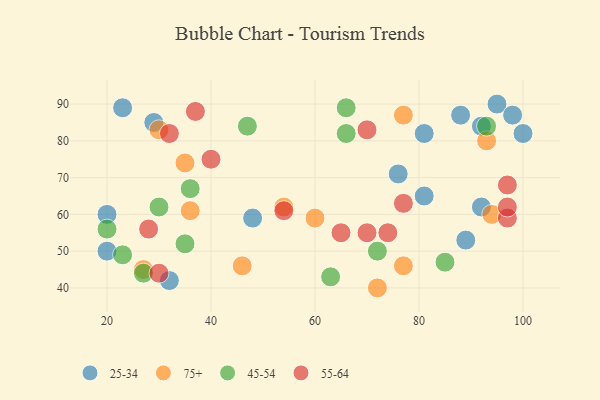
{"axis": {"x": "GDP", "y": "Life Expectancy"}, "legend": ["25-34", "45-54", "55-64", "75+"], "data": [{"x": "89", "y": 53, "type": "25-34"}, {"x": "23", "y": 89, "type": "25-34"}, {"x": "32", "y": 42, "type": "25-34"}, {"x": "100", "y": 82, "type": "25-34"}, {"x": "88", "y": 87, "type": "25-34"}, {"x": "20", "y": 50, "type": "25-34"}, {"x": "29", "y": 85, "type": "25-34"}, {"x": "92", "y": 84, "type": "25-34"}, {"x": "48", "y": 59, "type": "25-34"}, {"x": "95", "y": 90, "type": "25-34"}, {"x": "76", "y": 71, "type": "25-34"}, {"x": "20", "y": 60, "type": "25-34"}, {"x": "81", "y": 65, "type": "25-34"}, {"x": "81", "y": 82, "type": "25-34"}, {"x": "98", "y": 87, "type": "25-34"}, {"x": "92", "y": 62, "type": "25-34"}, {"x": "30", "y": 83, "type": "75+"}, {"x": "54", "y": 62, "type": "75+"}, {"x": "93", "y": 80, "type": "75+"}, {"x": "72", "y": 40, "type": "75+"}, {"x": "77", "y": 46, "type": "75+"}, {"x": "94", "y": 60, "type": "75+"}, {"x": "27", "y": 45, "type": "75+"}, {"x": "36", "y": 61, "type": "75+"}, {"x": "46", "y": 46, "type": "75+"}, {"x": "60", "y": 59, "type": "75+"}, {"x": "35", "y": 74, "type": "75+"}, {"x": "77", "y": 87, "type": "75+"}, {"x": "85", "y": 47, "type": "45-54"}, {"x": "36", "y": 67, "type": "45-54"}, {"x": "66", "y": 82, "type": "45-54"}, {"x": "23", "y": 49, "type": "45-54"}, {"x": "47", "y": 84, "type": "45-54"}, {"x": "30", "y": 62, "type": "45-54"}, {"x": "20", "y": 56, "type": "45-54"}, {"x": "66", "y": 89, "type": "45-54"}, {"x": "27", "y": 44, "type": "45-54"}, {"x": "35", "y": 52, "type": "45-54"}, {"x": "72", "y": 50, "type": "45-54"}, {"x": "93", "y": 84, "type": "45-54"}, {"x": "63", "y": 43, "type": "45-54"}, {"x": "37", "y": 88, "type": "55-64"}, {"x": "54", "y": 61, "type": "55-64"}, {"x": "97", "y": 59, "type": "55-64"}, {"x": "74", "y": 55, "type": "55-64"}, {"x": "77", "y": 63, "type": "55-64"}, {"x": "30", "y": 44, "type": "55-64"}, {"x": "65", "y": 55, "type": "55-64"}, {"x": "97", "y": 62, "type": "55-64"}, {"x": "70", "y": 83, "type": "55-64"}, {"x": "97", "y": 68, "type": "55-64"}, {"x": "70", "y": 55, "type": "55-64"}, {"x": "28", "y": 56, "type": "55-64"}, {"x": "32", "y": 82, "type": "55-64"}, {"x": "40", "y": 75, "type": "55-64"}]}